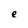
Character: e